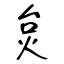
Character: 炱